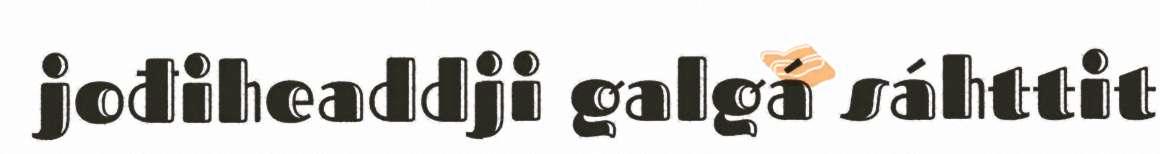
jođiheaddji galgá sáhttit